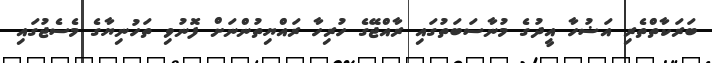
ބަރަކާތްތެރި އަޟުހާ އީދުގެ މުނާސަބަތުގައި ރާއްޖޭގެ ހުރިހާ ރައްޔިތުންނަށް ފޮނުވި ތަހުނިޔާގެ މެސެޖުގައި